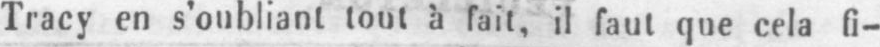
Tracy en s’oubliant tout à fait, il faut que cela fi-